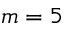
m = 5